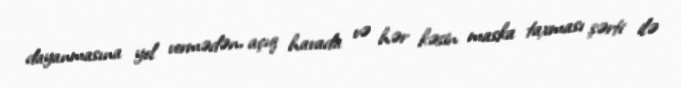
dayanmasına yol vermədən, açıq havada və hər kəsin maska taxması şərti ilə